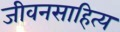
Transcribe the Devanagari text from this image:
जीवनसाहित्य